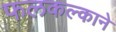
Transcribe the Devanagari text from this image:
फलकल्काने